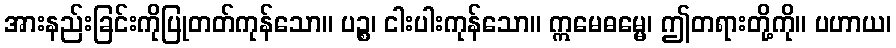
အားနည်းခြင်းကိုပြုတတ်ကုန်သော။ ပဉ္စ၊ ငါးပါးကုန်သော။ ဣမေဓမ္မေ၊ ဤတရားတို့ကို။ ပဟာယ၊